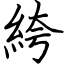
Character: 絝